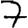
Digit: 7